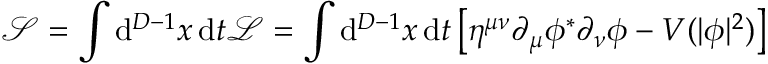
{ \mathcal { S } } = \int \mathrm { d } ^ { D - 1 } x \, \mathrm { d } t { \mathcal { L } } = \int \mathrm { d } ^ { D - 1 } x \, \mathrm { d } t \left[ \eta ^ { \mu \nu } \partial _ { \mu } \phi ^ { * } \partial _ { \nu } \phi - V ( | \phi | ^ { 2 } ) \right]